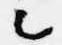
々